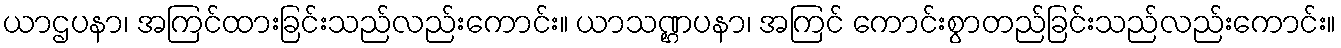
ယာဌပနာ၊ အကြင်ထားခြင်းသည်လည်းကောင်း။ ယာသဏ္ဌပနာ၊ အကြင် ကောင်းစွာတည်ခြင်းသည်လည်းကောင်း။